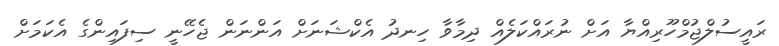
ރައީސުލްޖުމްހޫރިއްޔާ އަށް ނުރައްކަލެއް ދިމާވާ ހިނދު އެކްޝަނަށް އަންނަން ޖެހޭނީ ސިފައިންގެ އެކަމަށް